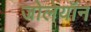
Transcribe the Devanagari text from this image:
जोलेयॉन